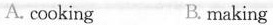
A. cooking B. making